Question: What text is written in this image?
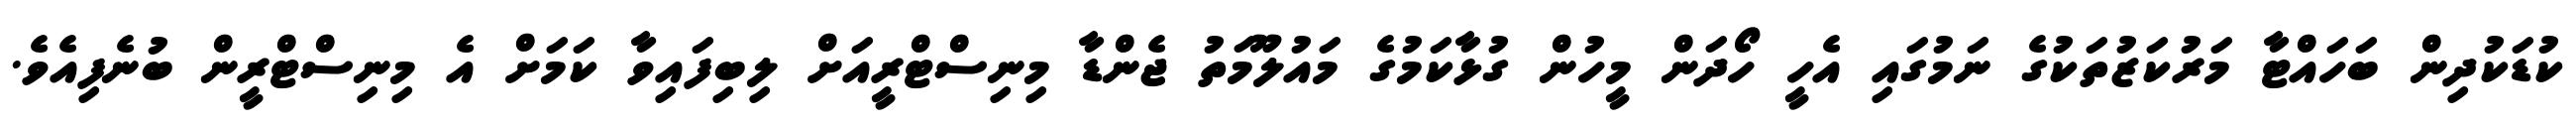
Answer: ކުޑަކުދިން ބަހައްޓާ މަރުކަޒުތަކުގެ ނަމުގައި އެހީ ހޯދަން މީހުން ގުޅާކަމުގެ މައުލޫމަތު ޖެންޑާ މިނިސްޓްރީއަށް ލިބިފައިވާ ކަމަށް އެ މިނިސްޓްރީން ބުނެފިއެވެ.